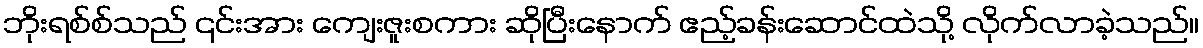
ဘိုးရစ်စ်သည် ၎င်းအား ကျေးဇူးစကား ဆိုပြီးနောက် ဧည့်ခန်းဆောင်ထဲသို့ လိုက်လာခဲ့သည်။